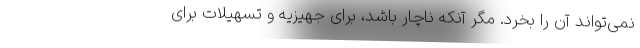
نمی‌تواند آن را بخرد. مگر آنکه ناچار باشد، برای جهیزیه و تسهیلات برای